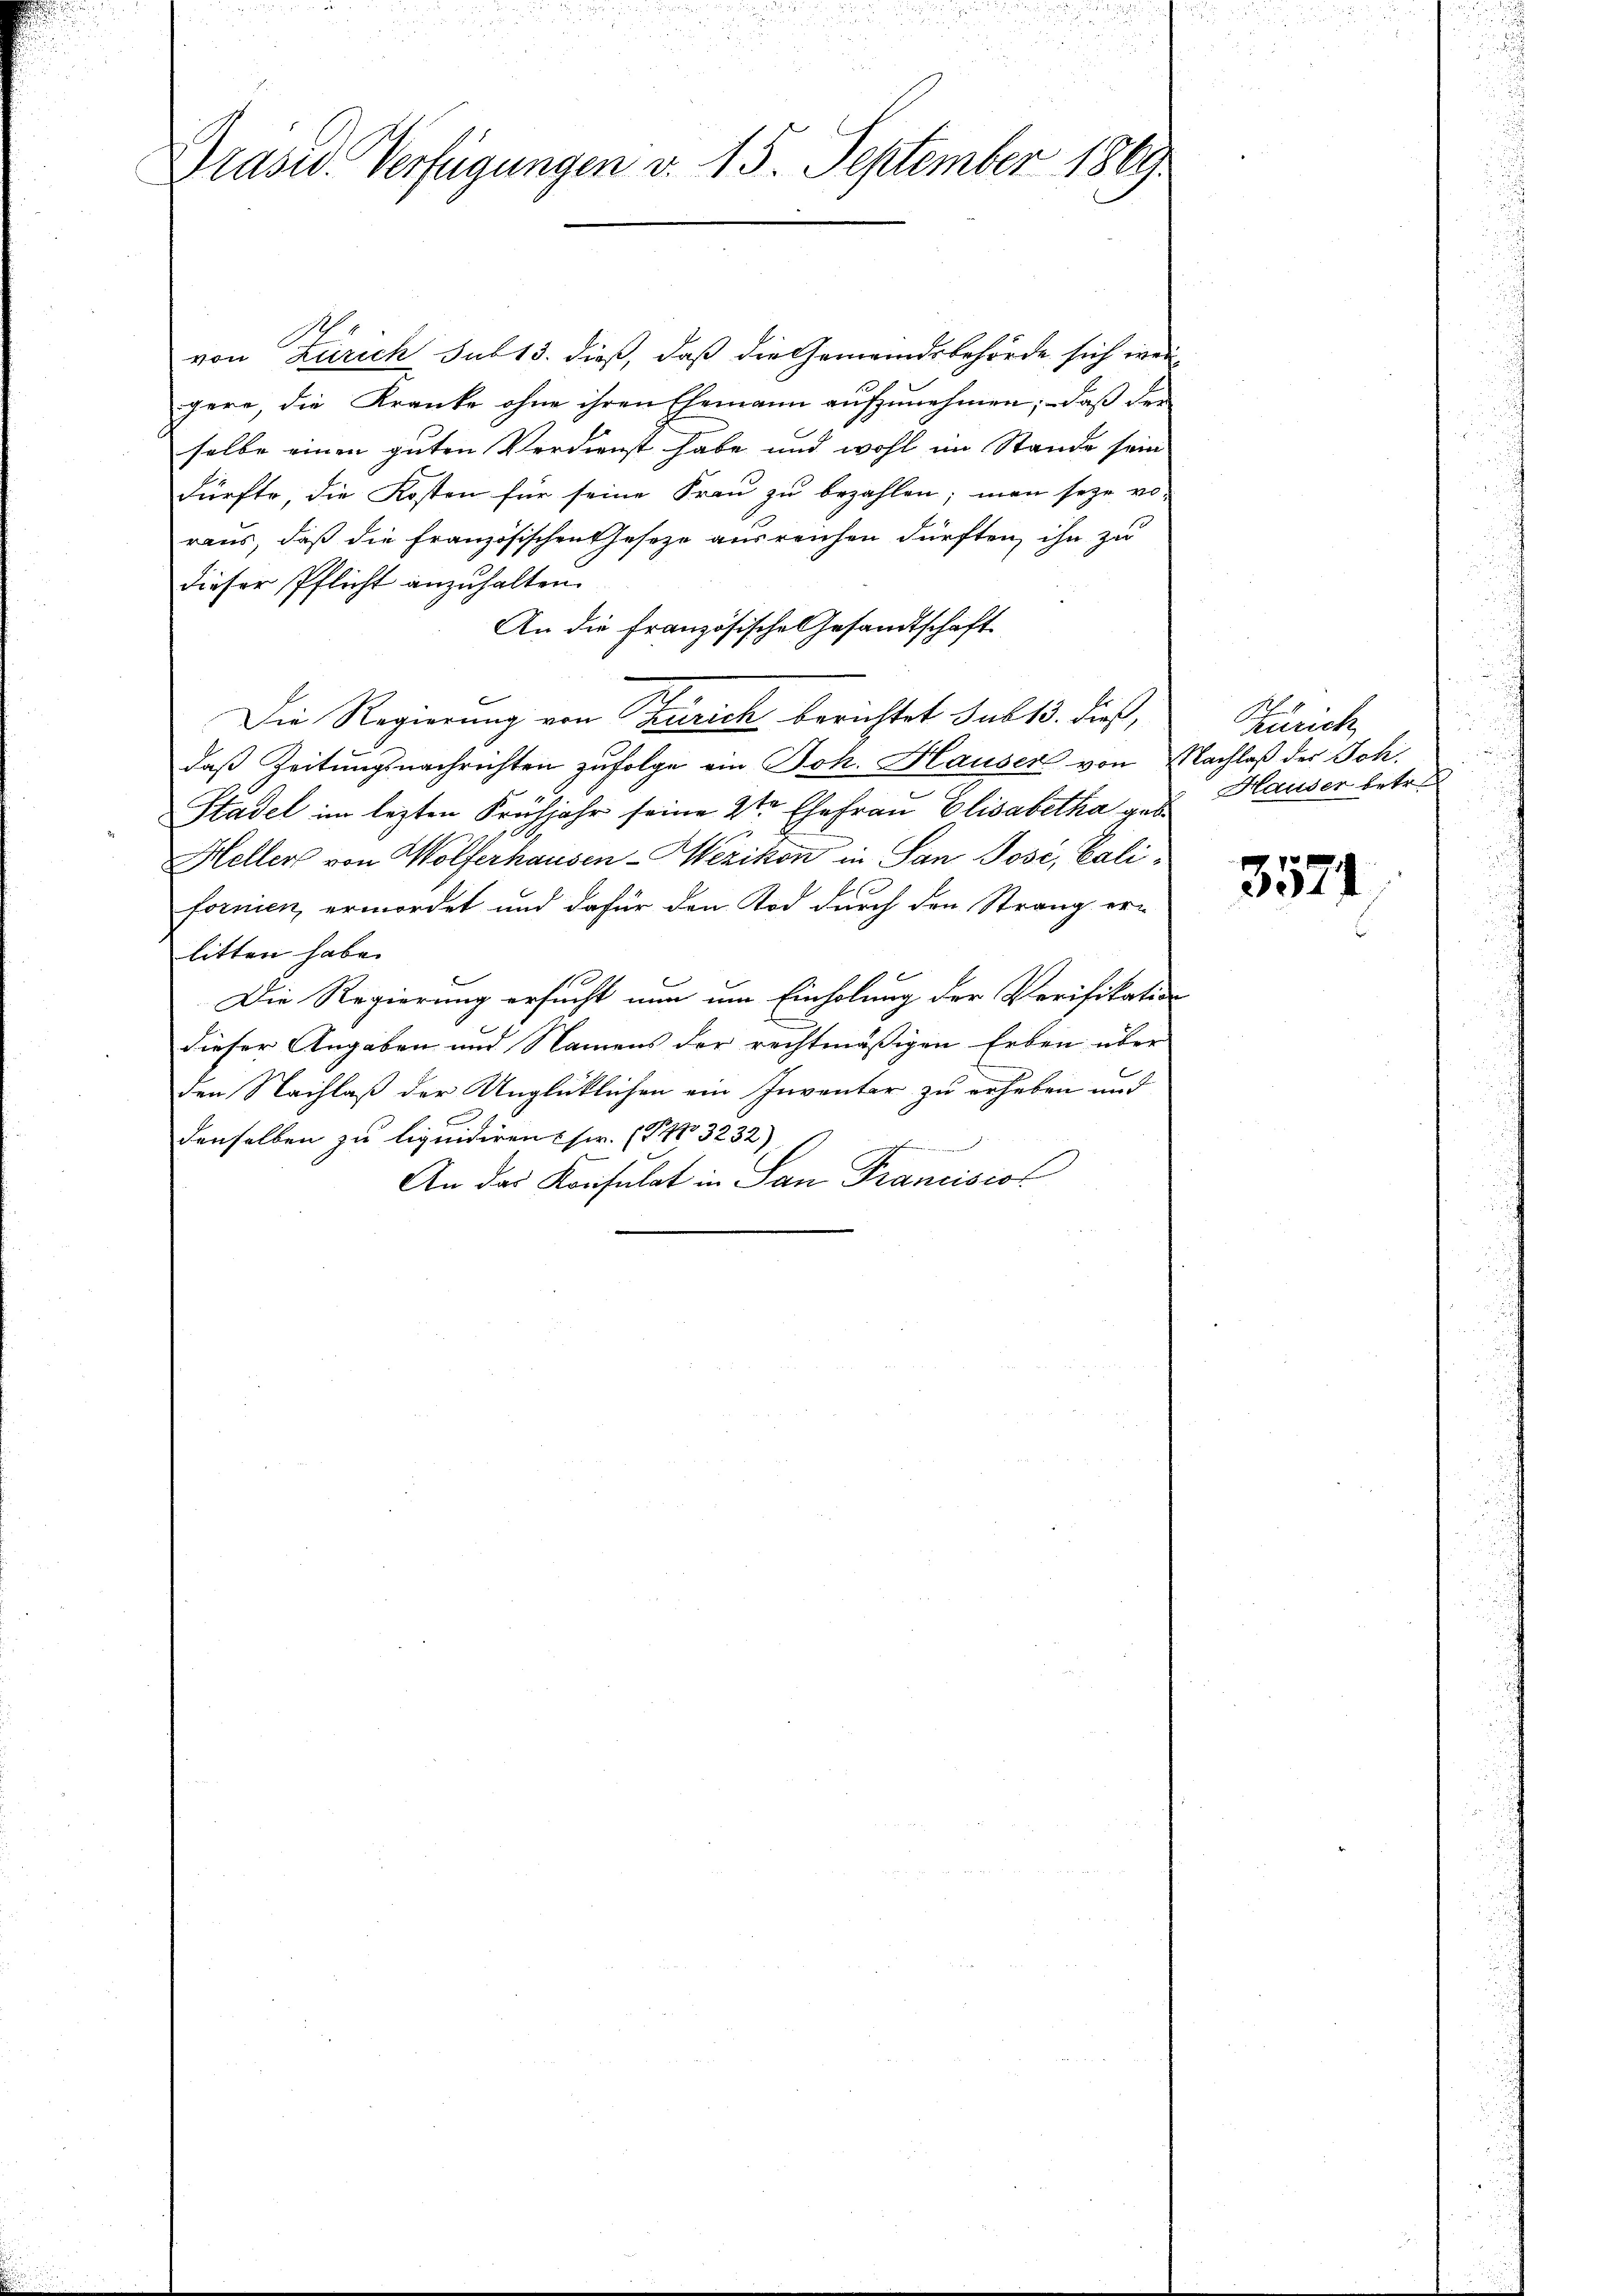
Präsid. Verfügungen v. 15. September 1869

von Zürich sub 13. dieß, daß die Gemeindsbehörde sich wei
gere, die Kranke ohne ihren Ehemann aufzunehmen; daß der
selbe einen guten Verdienst habe und wohl im Stande sein
dürfte, die Kosten für seine Frau zu bezahlen; man seye vo-
raus, daß die französischen Geseze ausreichen dürften, ihn zu
dieser Pflicht anzuhalten.
An die französische Gesandtschaft
Die Regierung von Zürich berichtet sub 13. dieß,
daß Zeitungsnachrichten zufolge ein Joh. Hauser von Nachlaß der Joh.
Stadel im lezten Frühjahr seine 2ter Ehefrau Elisabetha geb
Hellers von Wolferhausen-Wezikon in San Posi, Californien, ermordet und dafür den Tod durch den Strang erlitten habe.
Die Regierung ersucht nun um Einholung der Verifikation
dieser Angaben und Namens der rechtmäßigen Erben über
den Nachlaß der Unglücklichen ein Inventer zu erheben und
denselben zu liquidiren (ser. (T.13232)
An das Konsulat in San Franciscol

Zürich
Hauser betr.

3574